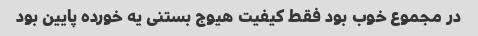
در مجموع خوب بود فقط کیفیت هیوج بستنی یه خورده پایین بود